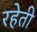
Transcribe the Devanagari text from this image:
रहेती